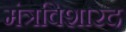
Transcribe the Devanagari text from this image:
मंत्रविशारद